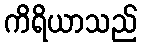
ကိရိယာသည်